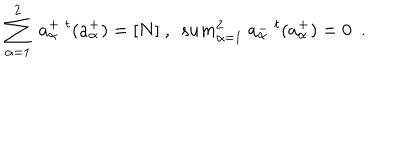
LaTeX: \sum _ { \alpha = 1 } ^ { 2 } \ a _ { \alpha } ^ { + } \ ^ { t } ( a _ { \alpha } ^ { + } ) = [ N ] \ , \ \, s u m _ { \alpha = 1 } ^ { 2 } \ a _ { \alpha } ^ { - } \ ^ { t } ( a _ { \alpha } ^ { + } ) = 0 \ \ .